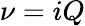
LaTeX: \nu=iQ